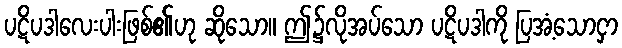
ပဋိပဒါလေးပါးဖြစ်၏ဟု ဆိုသော။ ဤ၌လိုအပ်သော ပဋိပဒါကို ပြအံ့သောငှာ